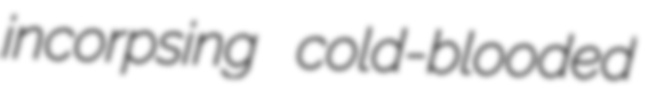
incorpsing cold-blooded